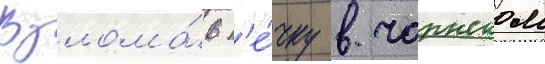
Взлома́в п'е́чку в чарнском